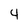
Character: 4